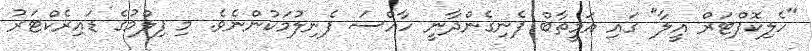
"ހެލިކޮޕްޓަރް އީލާ" ގައި އަމީތާބް ފެނިގެންދާނީ ހާއްސަ ފެނިލުމަކުންނެވެ. މި ފިލްމުގެ ޑައިރެކްޓަރު